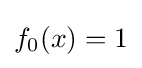
f_{0}(x)=1